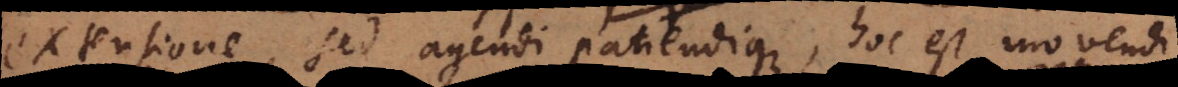
extensione, sed agendi patiendique, hoc est movendi